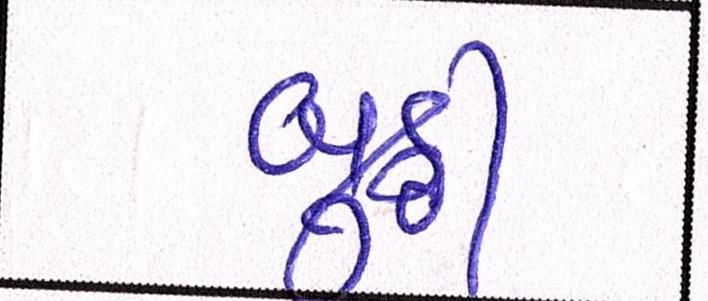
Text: બુઠ્ઠી